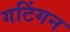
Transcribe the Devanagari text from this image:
गटिंगन